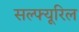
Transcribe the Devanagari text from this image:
सल्फ्यूरिल